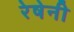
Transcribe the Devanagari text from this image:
रेषेनी